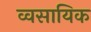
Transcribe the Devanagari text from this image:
व्वसायिक